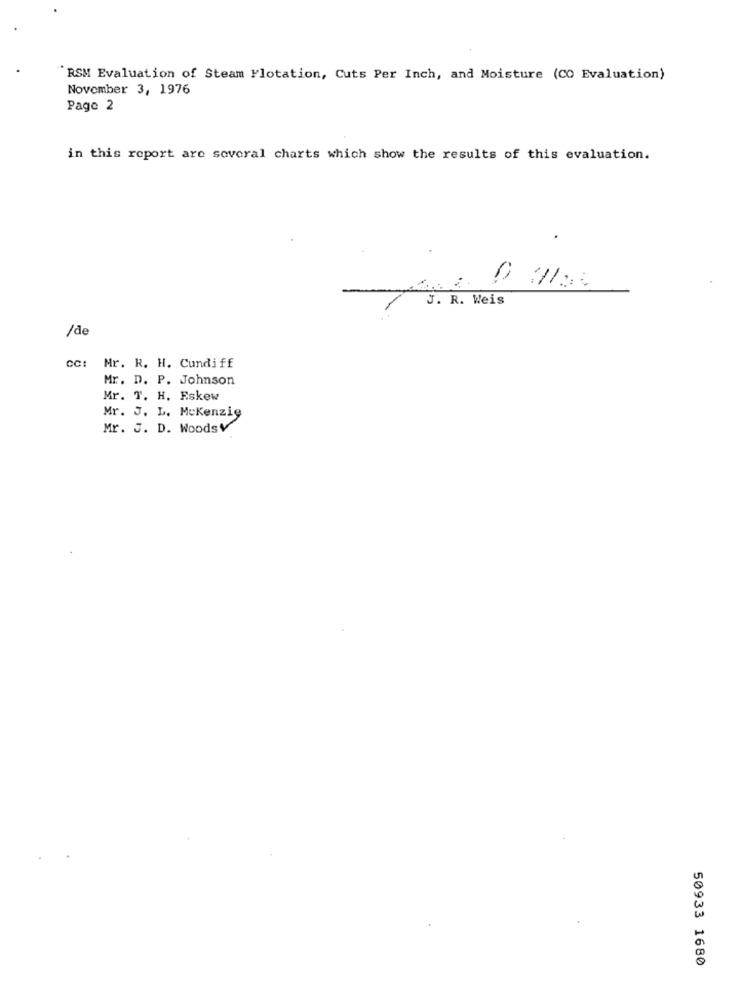
'RSM Evaluation of Steam Flotation, Cuts Per Inch, and Moisture (CO Evaluation)
November 3, 1976
Page 2
in this report are several charts which show the results of this evaluation.
J. R. Weis
/de
CC:
Mr. R. H. Cundiff
Mr. D. P. Johnson
Mr. T. H. Eskew
Mr. J. L. Mckenzie
Mr. J. D. WoodsV
50933 1680